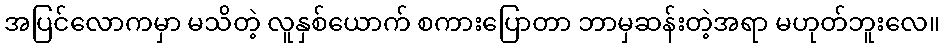
အပြင်လောကမှာ မသိတဲ့ လူနှစ်ယောက် စကားပြောတာ ဘာမှဆန်းတဲ့အရာ မဟုတ်ဘူးလေ။